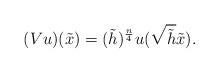
LaTeX: \begin{align*}(Vu)(\tilde x)=(\tilde h)^{\frac{n}{4}}u(\sqrt{\tilde h}\tilde x).\end{align*}